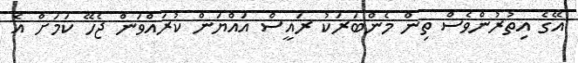
އޭގެ އިތުރުންވެސް ތިން މެންބަރަކު ރައީސް އައްޔަން ކުރައްވަން ޖެހޭ ކަމަށް އެ